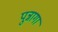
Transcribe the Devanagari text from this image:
पुन्नागा